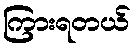
ကြားရတယ်